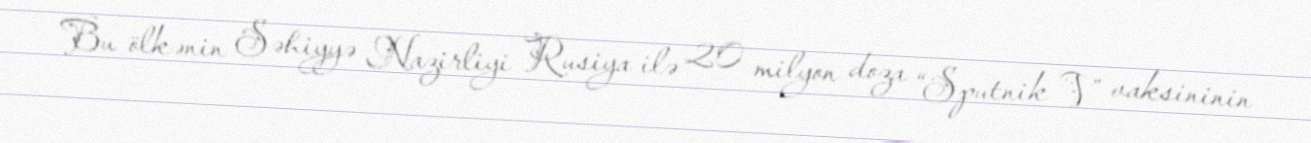
Bu ölkənin Səhiyyə Nazirliyi Rusiya ilə 20 milyon doza “Sputnik V” vaksininin